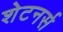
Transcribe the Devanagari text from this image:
शेटनर्स